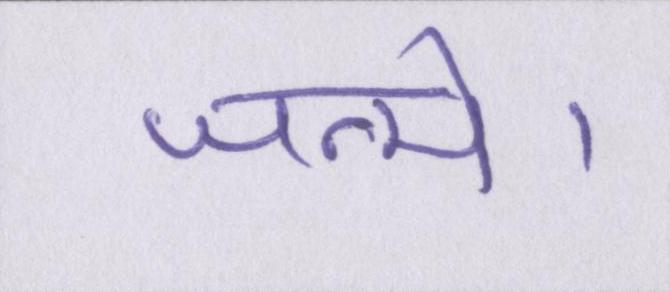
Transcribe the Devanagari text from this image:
जन्मे।